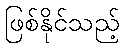
ဖြစ်နိုင်သည့်